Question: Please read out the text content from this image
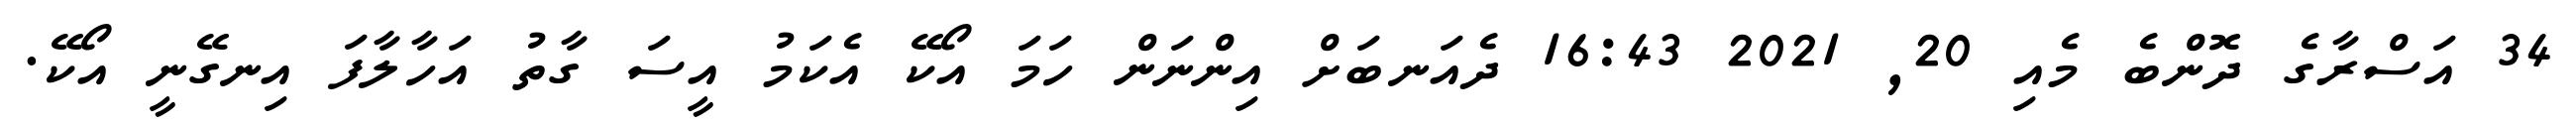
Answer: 34 އަސްރާގެ ދޮންބެ މެއި 20, 2021 16:43 ދެއަނބަށް އިންނަން ހަމަ އޯކޭ އެކަމު އީސަ ގާތު އަހާލާފަ އިނގޭނީ އޯކޭ.